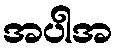
အပါအ